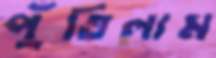
পুঁতিলাম